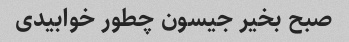
صبح بخیر جیسون چطور خوابیدی